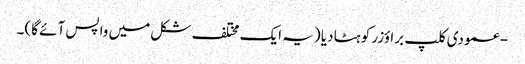
- عمودی کلپ براؤزر کو ہٹا دیا (یہ ایک مختلف شکل میں واپس آئے گا)۔